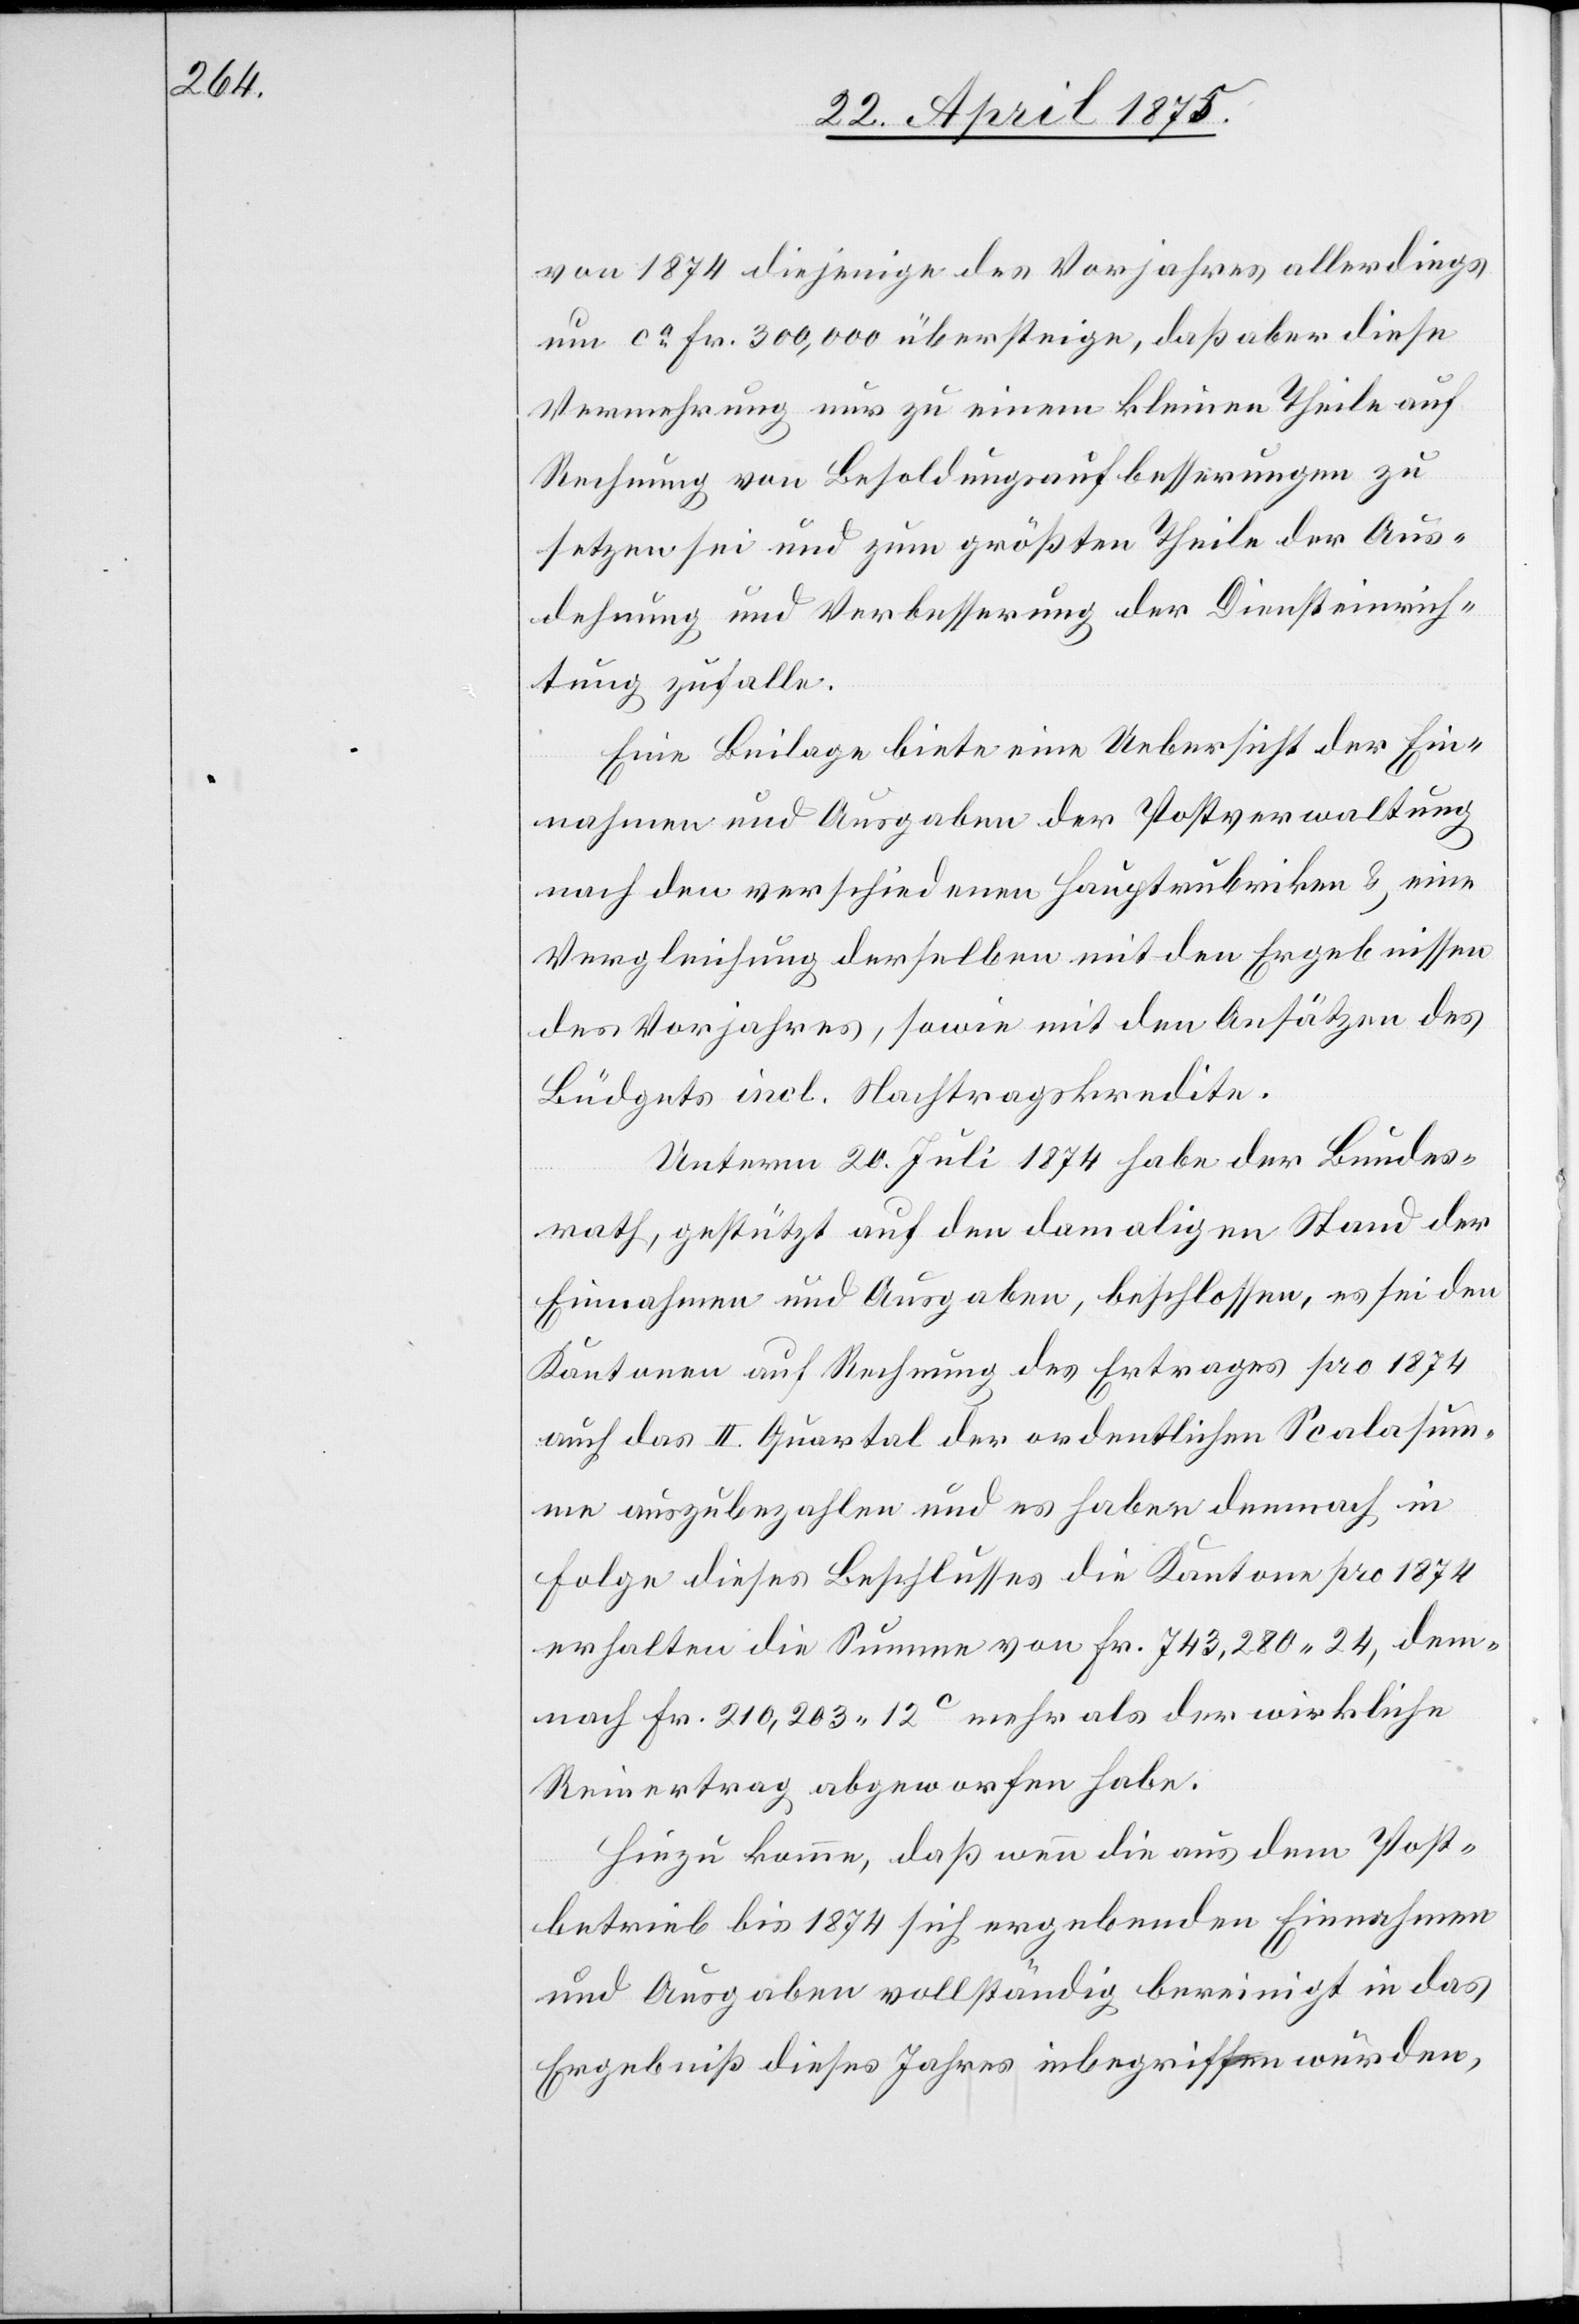
von 1874 diejenige des Vorjahres allerdings
um ca Fr. 300,000 übersteige, daß aber diese
Vermehrung nur zu einem kleinen Theile auf
Rechnung von Besoldungsaufbesserungen zu
setzen sei und zum größten Theile der Aus¬
dehnung und Verbesserung der Diensteinrich¬
tung zufalle.
Eine Beilage biete eine Uebersicht der Ein¬
nahmen und Ausgaben der Postverwaltung
nach den verschiedenen Hauptrubriken & eine
Vergleichung derselben mit den Ergebnissen
des Vorjahres, sowie mit den Ansätzen des
Büdgets incl. Nachtragskredit.
Unterm 20. Juli 1874 habe der Bundes¬
rath, gestützt auf den damaligen Stand der
Einnahmen und Ausgaben, beschlossen, es sei den
Kantonen auf Rechnung des Ertrages pro 1874
auf das II. Quartal der ordentlichen Scalasum¬
me auszubezahlen und es haben demnach in
Folge dieses Beschlusses die Kantone pro 1874
erhalten die Summe von Fr. 743,280 24, dem¬
nach Fr. 210,203 12c mehr als der wirkliche
Reinertrag abgeworfen habe.
Hinzu komme, daß wenn die aus dem Post¬
betrieb bis 1874 sich ergebenden Einnahmen
und Ausgaben vollständig bereinigt in das
Ergebniß dieses Jahres inbegriffen wurden,